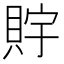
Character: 𧵴